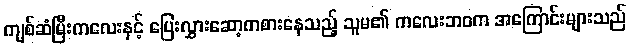
ကျစ်ဆံမြီးကလေးနှင့် ပြေးလွှားဆော့ကစားနေသည့် သူမ၏ ကလေးဘဝက အကြောင်းများသည်